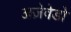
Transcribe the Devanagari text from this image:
अज़ेवेडो